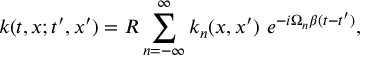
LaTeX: k ( t , x ; t ^ { \prime } , x ^ { \prime } ) = R \sum _ { n = - \infty } ^ { \infty } k _ { n } ( x , x ^ { \prime } ) \ e ^ { - i \Omega _ { n } \beta ( t - t ^ { \prime } ) } ,